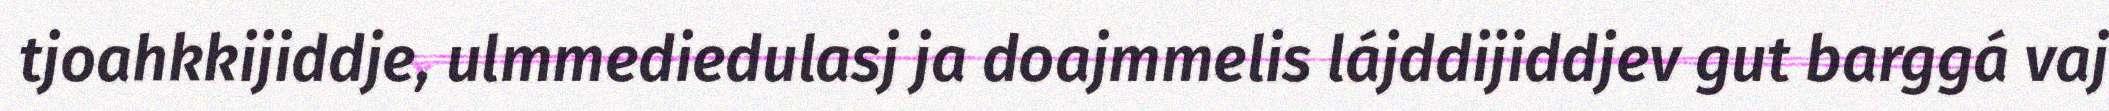
tjoahkkijiddje, ulmmediedulasj ja doajmmelis lájddijiddjev gut barggá vaj